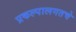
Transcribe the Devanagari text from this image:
प्रकल्पालगतचे